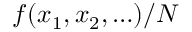
f ( x _ { 1 } , x _ { 2 } , \ldots ) / { \cal N }